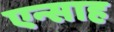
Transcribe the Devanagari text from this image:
एन्साह